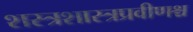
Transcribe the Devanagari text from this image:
शस्त्रशास्त्रप्रवीणश्च